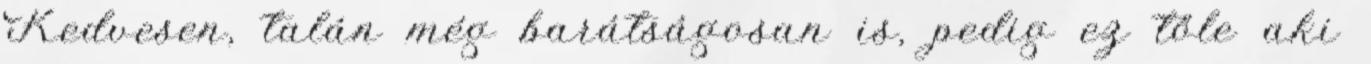
Kedvesen, talán még barátságosan is, pedig ez tőle aki